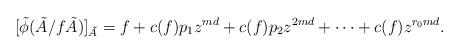
LaTeX: \begin{align*} [\tilde{\phi}(\tilde{A}/ f \tilde{A})]_{\tilde{A}}=f + c(f)p_1z^{md} + c(f)p_2z^{2md} + \dots +c(f)z^{r_0md}.\end{align*}